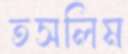
তসলিম